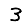
Digit: 3